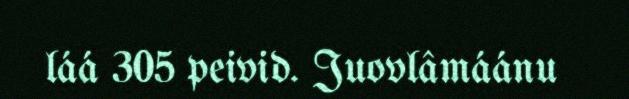
láá 305 peivid. Juovlâmáánu